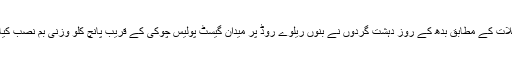
تفصیلات کے مطابق بدھ کے روز دہشت گردوں نے بنوں ریلوے روڈ پر میدان گیسٹ پولیس چوکی کے قریب پانچ کلو وزنی بم نصب کیا تھا ۔